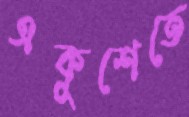
একুশেতে